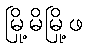
မြို့မိမြို့ဖ